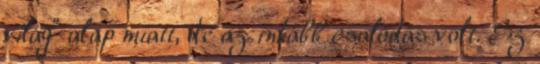
világ” alap miatt, de az inkább csalódás volt. Ez